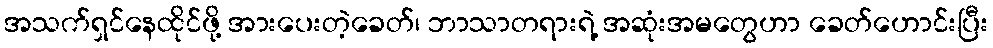
အသက်ရှင်နေထိုင်ဖို့ အားပေးတဲ့ခေတ်၊ ဘာသာတရားရဲ့ အဆုံးအမတွေဟာ ခေတ်ဟောင်းပြီး